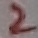
Text: 2